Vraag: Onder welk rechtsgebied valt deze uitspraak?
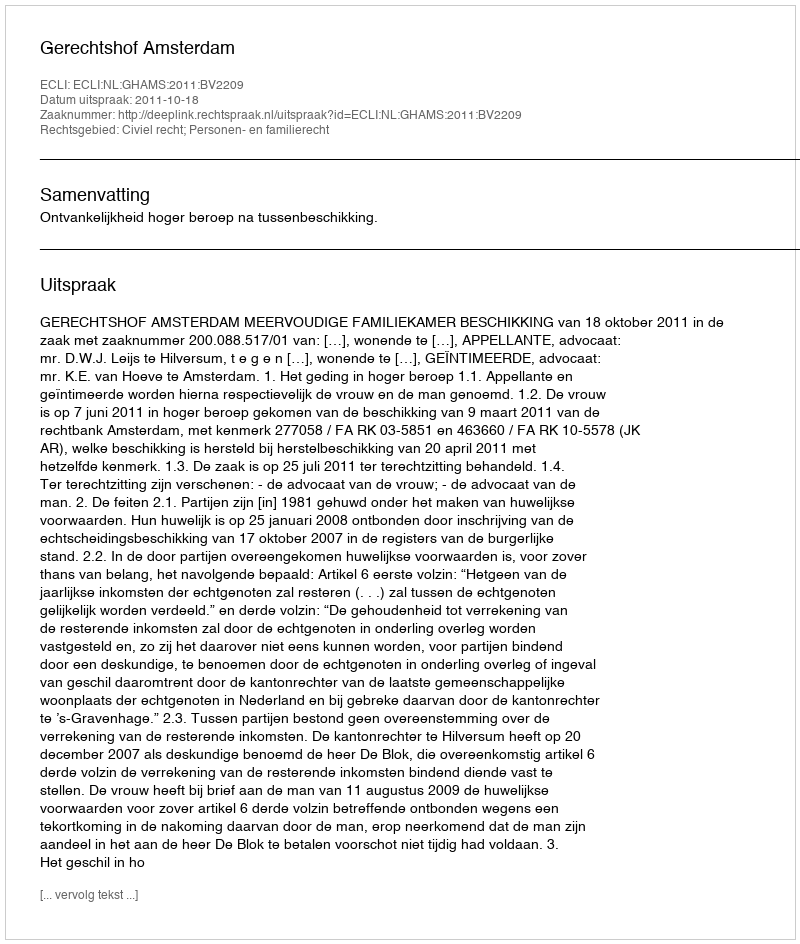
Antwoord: Civiel recht; Personen- en familierecht